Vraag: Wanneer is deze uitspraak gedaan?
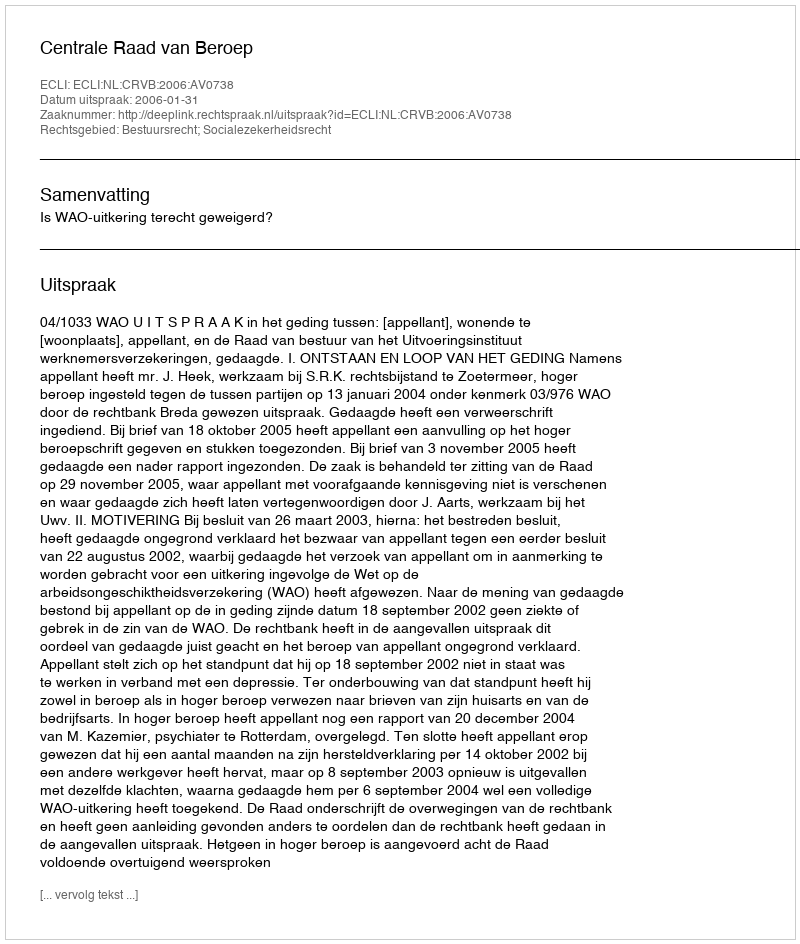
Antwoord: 2006-01-31